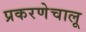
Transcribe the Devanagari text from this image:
प्रकरणेचालू